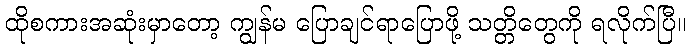
ထိုစကားအဆုံးမှာတော့ ကျွန်မ ပြောချင်ရာပြောဖို့ သတ္တိတွေကို ရလိုက်ပြီ။